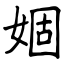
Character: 婟